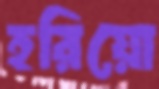
হরিয়ো